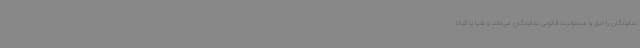
نمایندگان را حق و مسئولیت قانونی نمایندگان می‌داند و نفیاً یا اثباتاً